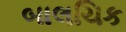
બાલચિક